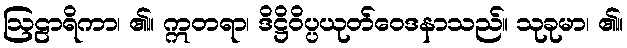
ဩဠာရိကာ၊ ၏။ ဣတရာ၊ ဒိဋ္ဌိဝိပ္ပယုတ်ဝေဒနာသည်။ သုခုမာ၊ ၏။